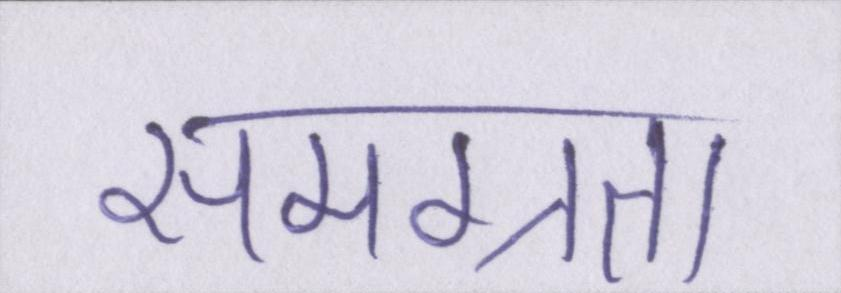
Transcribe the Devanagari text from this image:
समग्रता